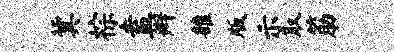
冀棕盍辫雒版示取筋